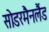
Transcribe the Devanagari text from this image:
सोडरमैनलैंड